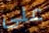
على